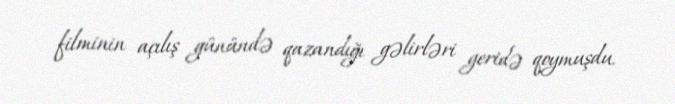
filminin açılış günündə qazandığı gəlirləri geridə qoymuşdu.